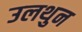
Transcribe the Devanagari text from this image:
उलथुन